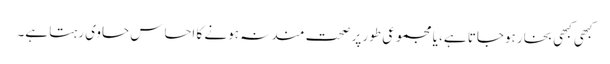
کبھی کبھی بخار ہوجاتا ہے، یا مجموعی طور پر صحت مند نہ ہونے کا احساس حاوی رہتا ہے۔